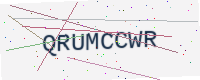
Text: QRUMCCWR